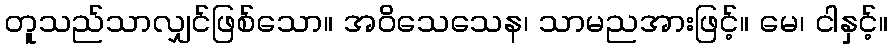
တူသည်သာလျှင်ဖြစ်သော။ အဝိသေသေန၊ သာမညအားဖြင့်။ မေ၊ ငါနှင့်။